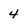
Character: 4